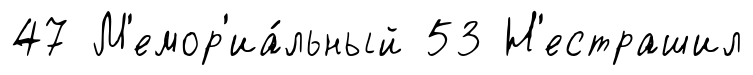
47 М'емор'иа́льный 53 Н'естрашил